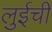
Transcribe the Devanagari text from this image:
लुईची